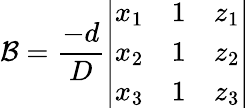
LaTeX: \mathcal{B}={\frac{{-d}}{{D}}}{\left|\begin{array}{lll}{x_{1}}&{1}&{z_{1}}\\ {x_{2}}&{1}&{z_{2}}\\ {x_{3}}&{1}&{z_{3}}\end{array}\right|}